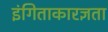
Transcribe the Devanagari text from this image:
इंगिताकारज्ञता